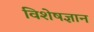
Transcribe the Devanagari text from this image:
विशेषज्ञान